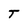
Character: T